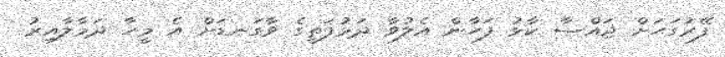
ފޭރުގަހަށް ޖައްސާ ކާޅު ފަހާން އެލުވާ ދަޅުފަތީގެ ވާގަނޑަށް އެ މީހާ ދަމާލާއިރު